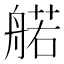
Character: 𫇜